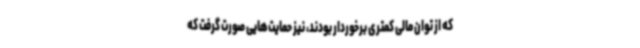
که از توان مالی کمتری برخوردار بودند، نیز حمایت‌هایی صورت گرفت که